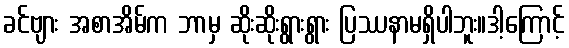
ခင်ဗျား အစာအိမ်က ဘာမှ ဆိုးဆိုးရွားရွား ပြဿနာမရှိပါဘူး။ဒါ့ကြောင့်